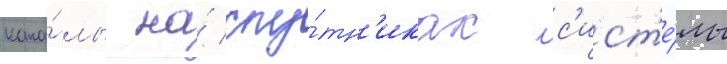
кана́лы на́ спу́тн'иках с'ист'е́мы